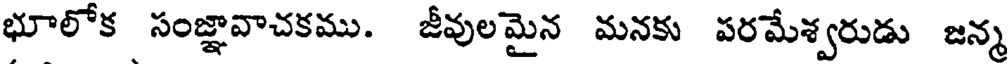
భూలోక సంజ్ఞావాచకము. జీవులమైన మనకు పరమేశ్వరుడు జన్మ